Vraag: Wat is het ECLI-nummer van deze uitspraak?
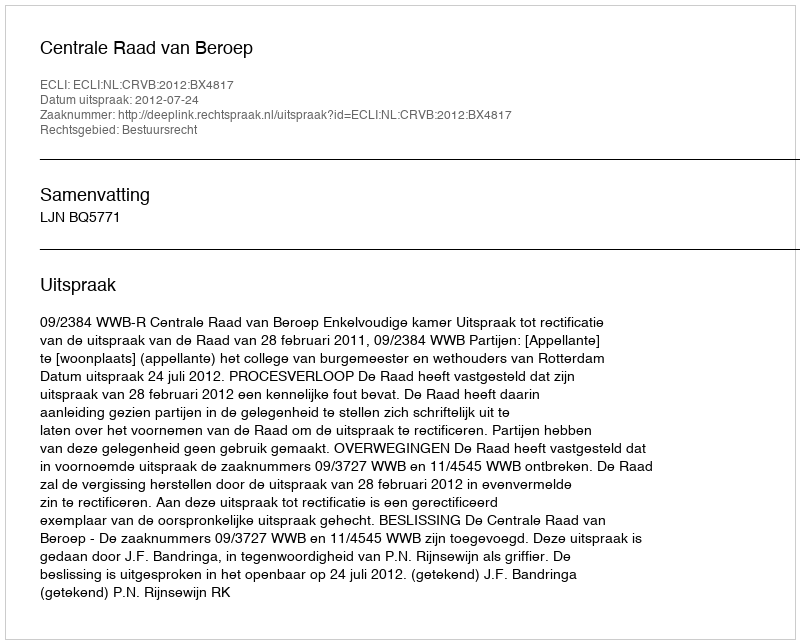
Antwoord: ECLI:NL:CRVB:2012:BX4817